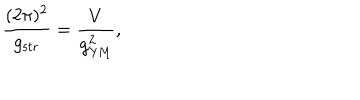
\frac { ( 2 \pi ) ^ { 2 } } { g _ { \mathrm { s t r } } } = \frac { V } { g _ { \mathrm { Y M } } ^ { 2 } } ,